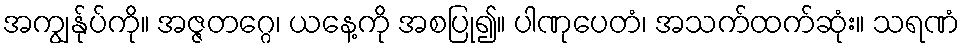
အကျွန်ုပ်ကို။ အဇ္ဇတဂ္ဂေ၊ ယနေ့ကို အစပြု၍။ ပါဏုပေတံ၊ အသက်ထက်ဆုံး။ သရဏံ